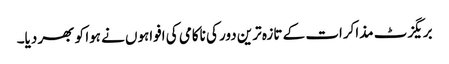
بریگزٹ مذاکرات کے تازہ ترین دور کی ناکامی کی افواہوں نے ہوا کو بھر دیا۔